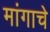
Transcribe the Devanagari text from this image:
मांगाचे